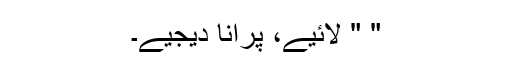
" " لائیے، پرانا دیجیے۔